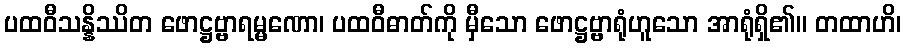
ပထဝီသန္နိဿိတ ဖောဋ္ဌဗ္ဗာရမ္မဏော၊ ပထဝီဓာတ်ကို မှီသော ဖောဋ္ဌဗ္ဗာရုံဟူသော အာရုံရှိ၏။ တထာဟိ၊